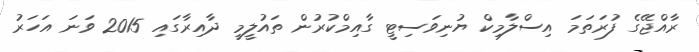
ރާއްޖޭގެ ފުރަތަމަ އިސްލާމިކް ޔުނިވަސިޓީ ގާއިމްކުރުން ތައުލީމީ ދާއިރާގައި 2015 ވަނަ އަހަރު